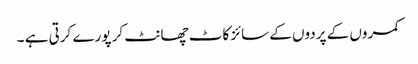
کمروں کے پردوں کے سائز کاٹ چھانٹ کر پورے کرتی ہے ۔